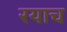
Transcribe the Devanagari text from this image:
रयाच